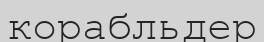
корабльдер